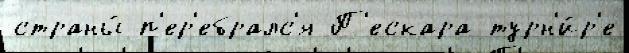
страны́ п'ер'ебралс'я П'ескара турн'и́р'е